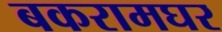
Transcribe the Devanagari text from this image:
बकरामघर